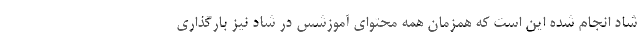
شاد انجام شده این است که همزمان همه محتوای آموزشس در شاد نیز بارگذاری